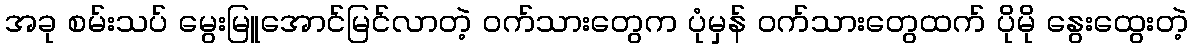
အခု စမ်းသပ် မွေးမြူအောင်မြင်လာတဲ့ ဝက်သားတွေက ပုံမှန် ဝက်သားတွေထက် ပိုမို နွေးထွေးတဲ့